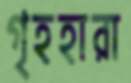
গৃহহারা